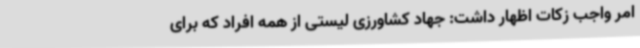
امر واجب زکات اظهار داشت: جهاد کشاورزی لیستی از همه افراد که برای